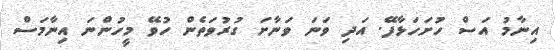
އިނާމު އަސް ހުށަހަޅާފޭ. އަދި ވަނަ ވަނާށަ ގުރުވަތެން ހުވޭ މީހުންނަ އިނާމަސް